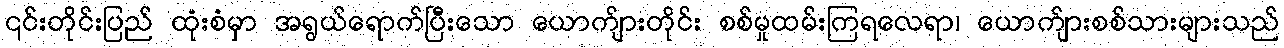
၎င်းတိုင်းပြည် ထုံးစံမှာ အရွယ်ရောက်ပြီးသော ယောက်ျားတိုင်း စစ်မှုထမ်းကြရလေရာ၊ ယောက်ျားစစ်သားများသည်